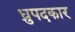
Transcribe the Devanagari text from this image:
ध्रुपदकार